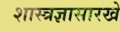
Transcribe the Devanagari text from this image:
शास्त्रज्ञासारखे